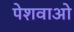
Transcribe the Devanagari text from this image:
पेशवाओ